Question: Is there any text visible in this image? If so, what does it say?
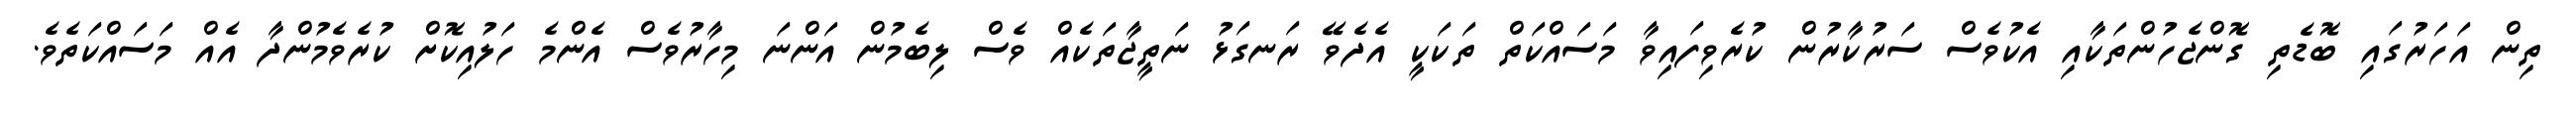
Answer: ތިން އަހަރުގައި ބޮޑެތި ގޮންޖެހުންތަކާއި އެކުވެސް ސަރުކާރުން ކުރެވިފައިވާ މަސައްކަތް ތަކަކީ އެދެވޭ ރަނގަޅު ނަތީޖާތަކެއް ވެސް ލިބެމުން އަންނަ މިހާރުވެސް އެންމެ ހަލުއިކޮށް ކުރެވެމުންދާ އެއް މަސައްކަތެވެ.